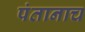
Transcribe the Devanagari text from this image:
पंतानाच